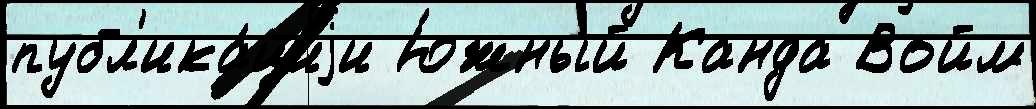
публ'ика́циjи Ю́жный Канда Войм